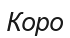
Коро